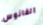
الفانوس